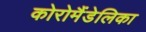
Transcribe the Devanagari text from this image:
कोरोमैंडेलिका